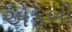
એફબી